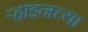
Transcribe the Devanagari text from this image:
र्‍हाइनच्या